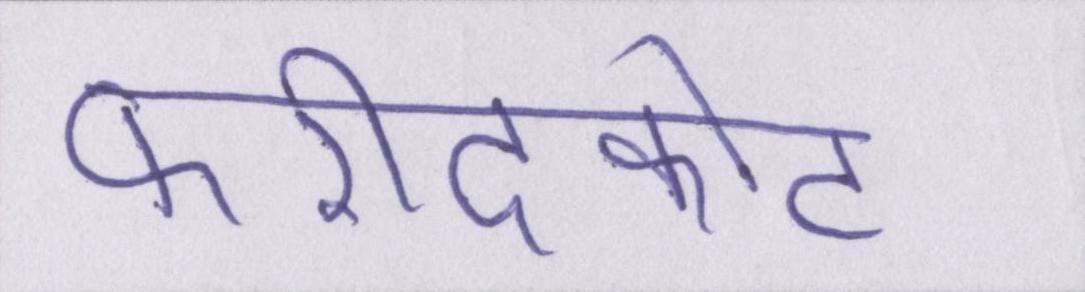
फरीदकोट